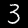
Digit: 3